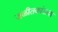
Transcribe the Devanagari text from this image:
जळीतकांडाचा